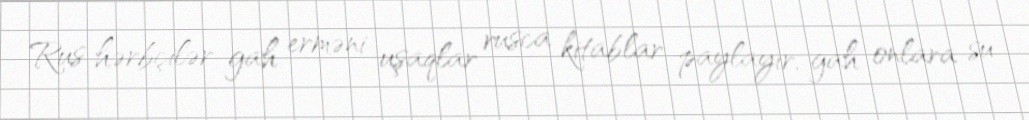
Rus hərbçilər gah erməni uşaqlar rusca kitablar paylayır, gah onlara su